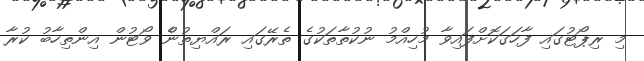
މި ރިޕޯޓުގައި ފާހަގަކޮށްފައިވާ މުހިއްމު ނުކުތާތަކުގެ ތެރޭގައި ރައްޔިތުންެ ވޯޓުން އިންތިހާބު ކުރާ